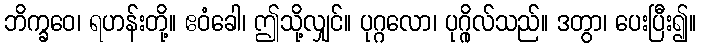
ဘိက္ခဝေ၊ ရဟန်းတို့။ ဧဝံခေါ၊ ဤသို့လျှင်။ ပုဂ္ဂလော၊ ပုဂ္ဂိုလ်သည်။ ဒတွာ၊ ပေးပြီး၍။